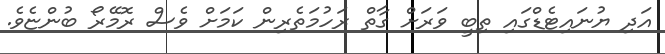
އަދި ޔުނައިޓެޑްގައި ތިބީ ވަރަށް ގާތް ރަހުމަތެރިން ކަމަށް ވެސް ރޮމޭރޯ ބުންޏެވެ.